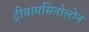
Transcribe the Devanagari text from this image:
ट्रीयामसिनोलोन